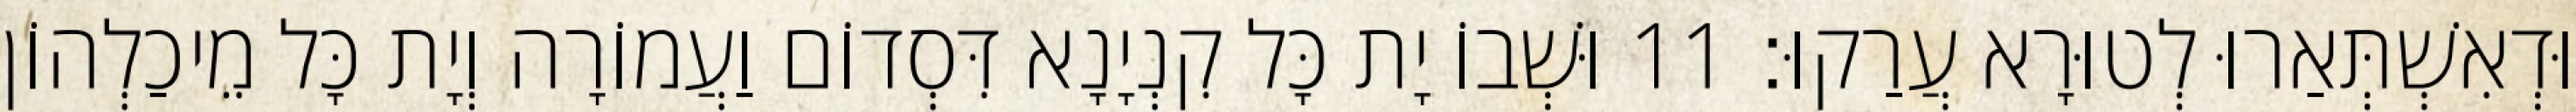
וּדְאִשְׁתְּאַרוּ לְטוּרָא עֲרַקוּ׃ 11 וּשְׁבוֹ יָת כָּל קִנְיָנָא דִּסְדוֹם וַעֲמוֹרָה וְיָת כָּל מֵיכַלְהוֹן